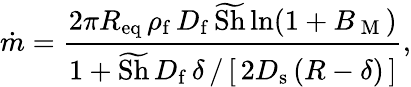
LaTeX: \dot{m}=\frac{2\pi R_{\mathrm{eq}}\, \rho_{\mathrm{f}}\, D_{\mathrm{f}}\, \widetilde{\mathrm{Sh}}\ln(1+B_{\mathrm{~M~}})}{1+\widetilde{\mathrm{Sh}}\, D_{\mathrm{f}}\, \delta\, /\, [\, 2D_{\mathrm{s}}\, (R-\delta)\, ]},